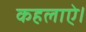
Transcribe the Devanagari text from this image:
कहलाऐ।